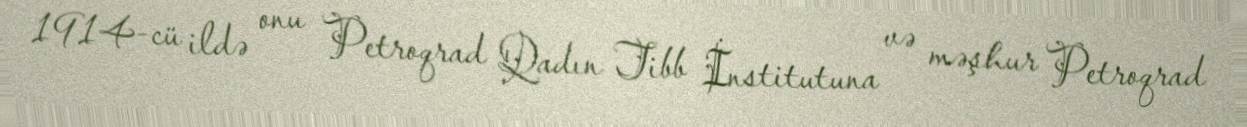
1914-cü ildə onu Petroqrad Qadın Tibb İnstitutuna və məşhur Petroqrad